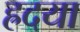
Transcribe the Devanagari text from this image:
ह्रदया